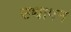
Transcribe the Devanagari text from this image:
उथापन